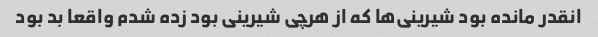
انقدر مانده بود شیرینی‌ها که از هرچی شیرینی بود زده شدم واقعا بد بود